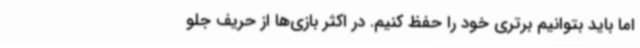
اما باید بتوانیم برتری خود را حفظ کنیم. در اکثر بازی‌ها از حریف جلو